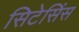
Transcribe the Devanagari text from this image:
सिटेसिंस